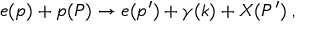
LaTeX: e ( p ) + p ( P ) \to e ( p ^ { \prime } ) + \gamma ( k ) + X ( P ^ { \prime } ) \; ,